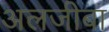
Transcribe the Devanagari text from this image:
अलजीबा